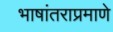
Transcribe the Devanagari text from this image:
भाषांतराप्रमाणे